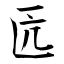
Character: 匟